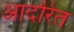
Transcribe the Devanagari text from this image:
आदरित